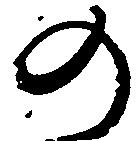
の